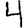
Digit: 4